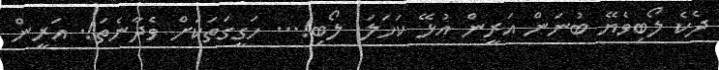
ދެކެ ލޯބިވެޔޭ ބުނަން އަރީން އުޅޭ ކަހަލަ. ލޯބި!... ހަގީގަތަކަށް ވެދާނެތަ!. އަރީން